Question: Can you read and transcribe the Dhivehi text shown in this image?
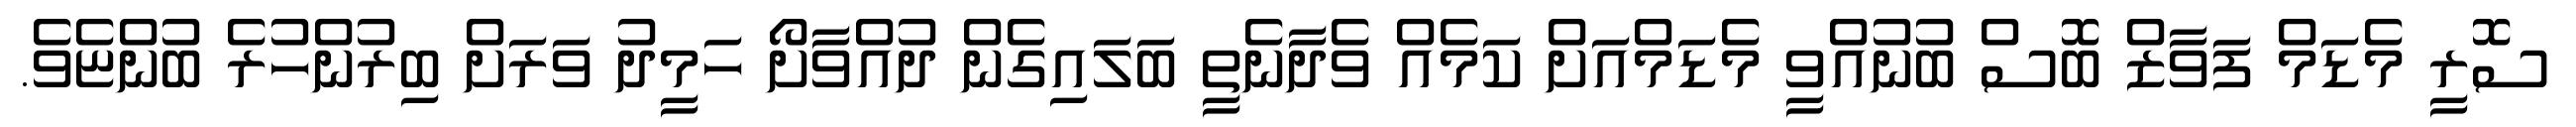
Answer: ސޮރީ މެޑަމް ފަވާޒް ބޮސް ބުނުއްވީ މެޑަމްއަށް ކަމެއް ވެދާނެތީ ބަލައިގެން ދުއްވާށޯ ހަމީދު ވަރަށް ބިރުންހުރެ ބުންޏެވެ.